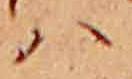
ハ